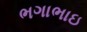
ભગાભાઇ